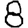
Digit: 8